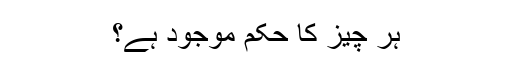
ہر چیز کا حکم موجود ہے؟